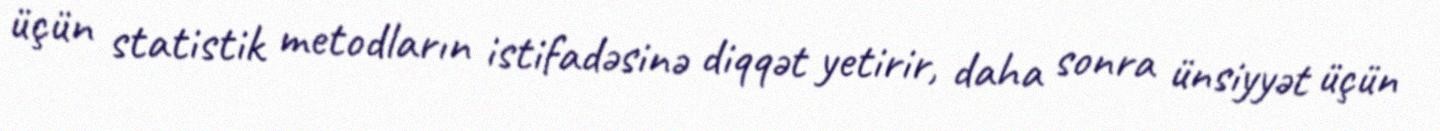
üçün statistik metodların istifadəsinə diqqət yetirir, daha sonra ünsiyyət üçün